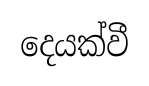
දෙයක්වී